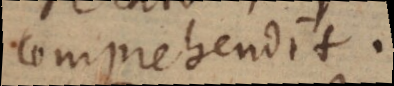
comprehendit.